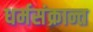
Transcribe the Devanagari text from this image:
धर्मसंक्रान्त